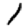
Digit: 1